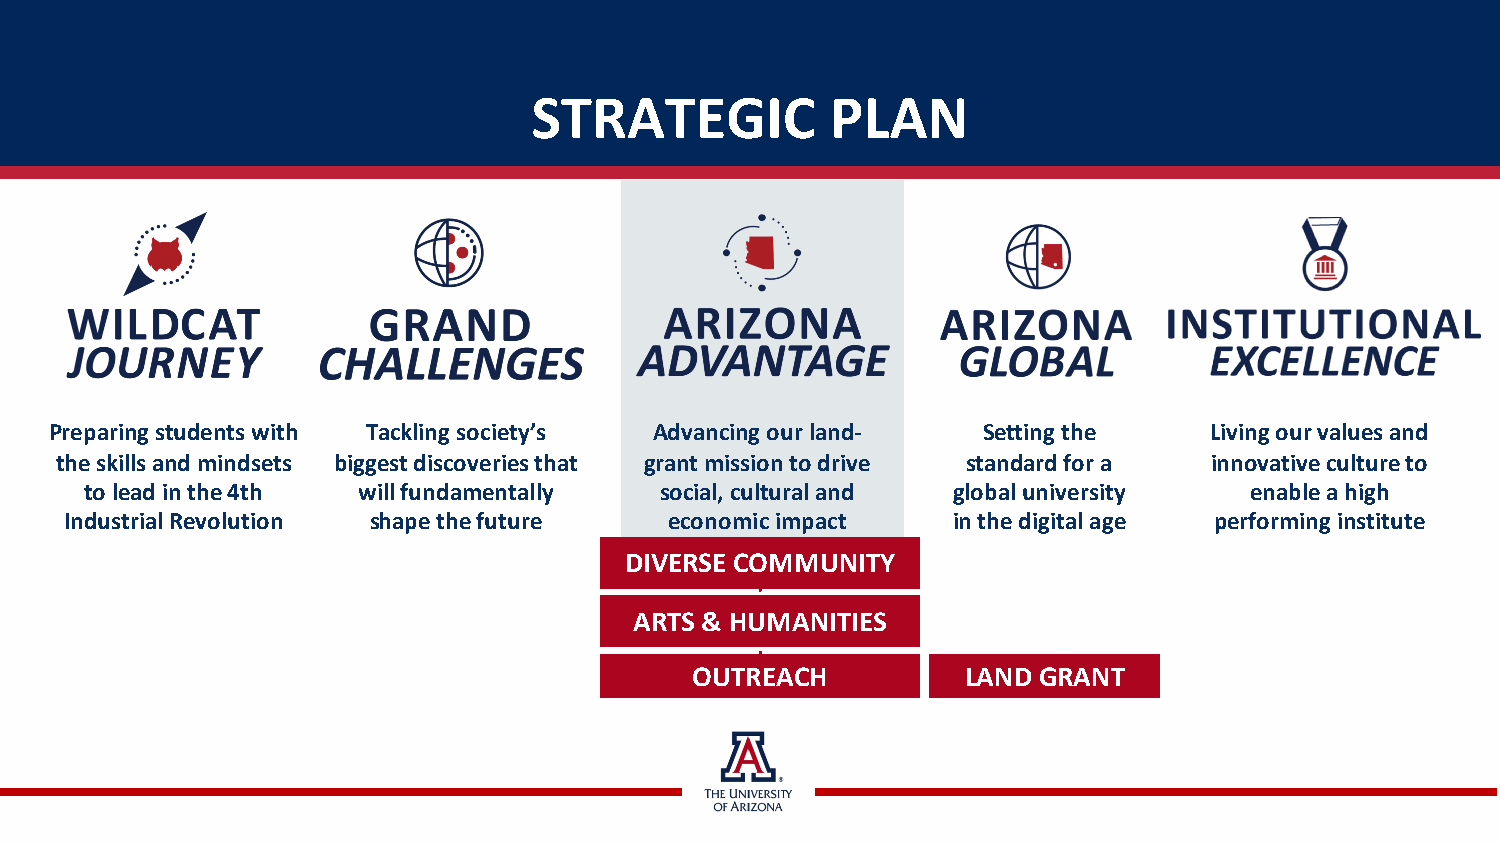
STRATEGIC           PLAN
 Preparing students with Tackling society’s Advancing our land- Setting the   Living our values and
 the skills and mindsets biggest discoveries that grant mission to drive standard for a innovative culture to
 to lead in the 4th will fundamentally social, cultural and global university enable a high
 Industrial Revolution shape the future  economic impact    in the digital age performing institute
 DIVERSE COMMUNITY
 ARTS & HUMANITIES
 OUTREACH          LAND GRANT